Annual report of the Civil Veterinary Department, Bengal, for the year 1897-98 - 1897-1898
Year: 1897
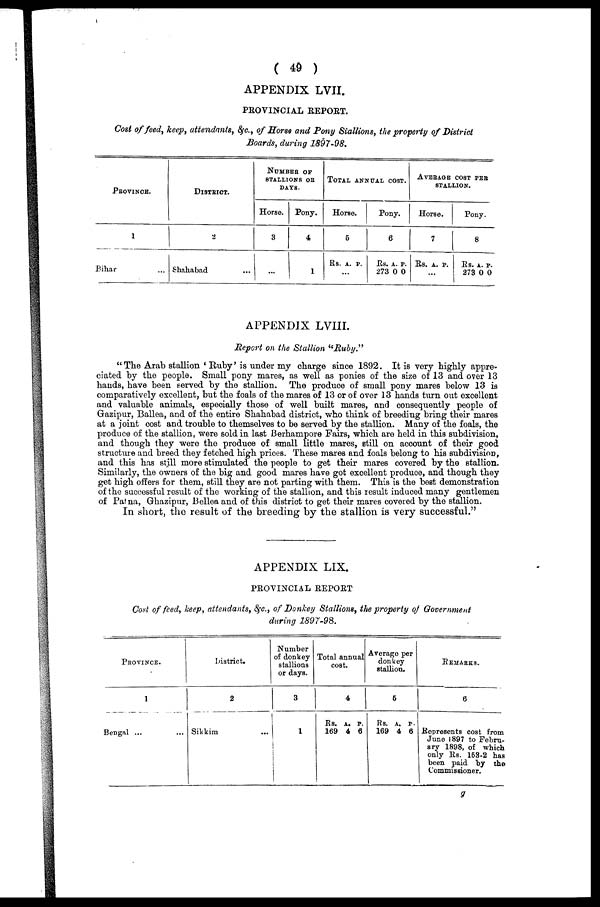
( 49 )
APPENDIX LVII.
PROVINCIAL REPORT.
Cost of feed, keep, attendanis, &c, of Horse and Pony Stallions, the property of District
Boards, during 1897-98,
PROVINCES.
1
Bihar ...
DlSTRICT.
2
Shahabad ...
NUMBER OF
STALLIONS OR
DAYS.
Horse.
3
...
Pony.
4
1
TOTAL COST.
Horse.
5
Rs, A. P.
...
Pony.
6
Rs. A. P.
273 0 0
AVERAGE COST PER
STALLION.
Horse.
7
Rs. A. P.
...
Pony.
8
Rs. A. P.
273 0 0
APPENDIX LVIII.
Report on the Stallion "Ruby."
"The Arab stallion ' Ruby' is under my charge since 1892. It is very highly appre-
ciated by the people. Small pony mares, as well as ponies of the size of 13 and over 13
hands, have been Served by the stallion. The produce of small pony mares below 13 is
comparatively excellent, but the foals of the mares of 13 or of over 13 hands turn out excellent
and valuable animals, especially those of well built mares, and consequently people of
Gazipur, Ballea, and of the entire Shahabad district, who think of breeding bring their mares
at a joint cost and trouble to themselves to be served by the stallion. Many of the foals, the
produce of the stallion, were sold in last Berhampore Fairs, which are held in this subdivision,
and though they were the produce of small little mares, still on acoount of their good
structure and breed they fetched high prices. These mares and foals belong to his subdivision
and this has still more stimulated the people to get their mares covered by the stallion.
Similarly, the owners of the big and good mares have got excellent produce, and though they
get high offers for them, still they are not parting with them. This is the best demonstration
of the successful result of the working of the stallion, and this result induced many gentlemen
of Patna, Ghazipur, Bellea and of this district to get their mares covered by the stallion.
In short, the result of the breeding by the stallion is very successful."
APPENDIX LIX.
PROVINCIAL REPORT
Cost of feed, keep, attendants, &c., of Donkey Stallions, the property of Government
during 1897-98.
PROVINCE.
1
Bengal ... ...
District.
2
Sikkim ...
Number
of donkey
stallions
or days.
3
1
Total annual
cost.
4
Rs. A. P.
169 4 6
Average per
donkey
stallion.
5
Rs. A. P.
169 4 6
REMARKS.
6
Represents cost from
June 1897 to Febru-
ary 1898, of which
only Rs. 153-2 has
been paid by the
Commissioner.
9